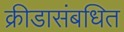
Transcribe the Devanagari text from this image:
क्रीडासंबधित